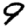
Digit: 9